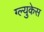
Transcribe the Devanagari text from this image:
ग्ल्युकेस